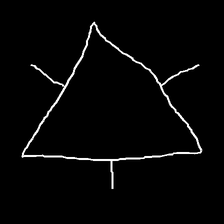
Glyph: fire